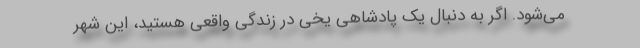
می‌شود. اگر به دنبال یک پادشاهی یخی در زندگی واقعی هستید، این شهر